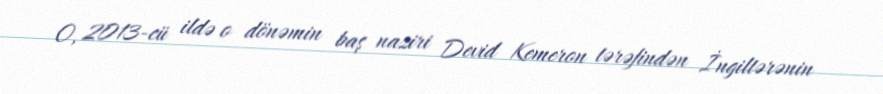
O, 2013-cü ildə o dönəmin baş naziri Devid Kemeron tərəfindən İngiltərənin